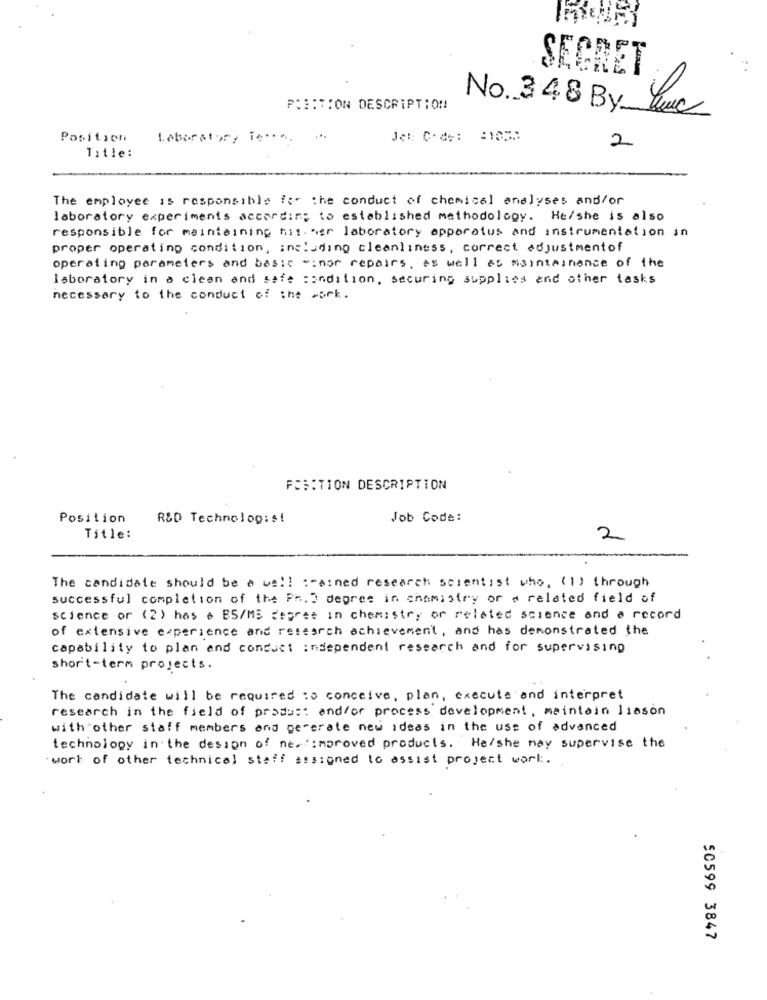
SECRET
POSITION DESCRIPTION
No. 348 By Linc
Position
Laboratory i ....
...
2
Title:
The employee is responsible for the conduct of chemical analyses and/or
laboratory experiments according to established methodology. He/she is also
responsible for maintaining hit. * er laboratory apparatus and instrumentation in
proper operating condition, including cleanliness, correct adjustmentof
operating parameters and basic w:nor repairs, as well as maintainance of the
laboratory in a clean and safe condition, securing supplies and other tasks
necessary to the conduct of the work.
POSITION DESCRIPTION
Position
R&D Technologist
Job Code:
Title:
2
The candidate should be a ve !! :- ained research scientist who. (1) through
successful completion of the Ph. ) degree in chemistry or a related field of
science or (2) has a BS/MS epret in chemistry or related science and a record
of extensive experience and research achievement , and has demonstrated the
capability to plan and conduct independent research and for supervising
short-term projects.
The candidate will be required :> conceive, plan, execute and interpret
research in the field of product and/or process development, maintain liason
with other staff members and generate new ideas in the use of advanced
technology in the design of ne. Improved products. He/she may supervise the
work of other technical staff assigned to assist project work.
SC599 3847